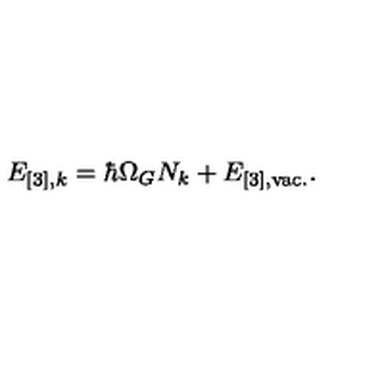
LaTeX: E _ { [ 3 ] , k } = \hbar \Omega _ { G } N _ { k } + E _ { [ 3 ] , \mathrm { v a c . } } .